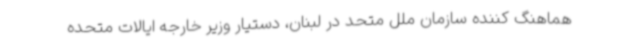
هماهنگ کننده سازمان ملل متحد در لبنان، دستیار وزیر خارجه ایالات متحده